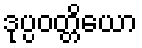
ဒုပ္ပဝတ္တိယော